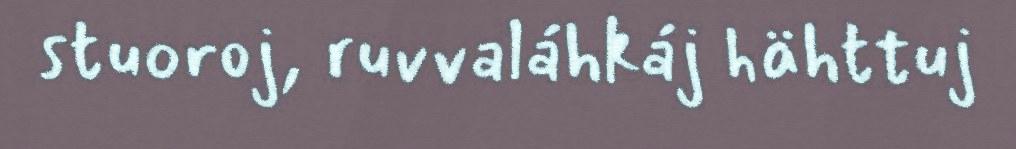
stuoroj, ruvvaláhkáj hähttuj